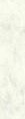
(2)这样做的理由是什么?